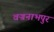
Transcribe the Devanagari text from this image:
वज्रनाभपुर